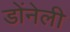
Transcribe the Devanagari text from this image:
डोंनेली